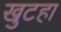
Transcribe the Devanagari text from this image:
खुटहा